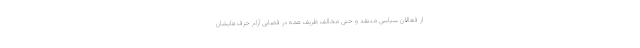
از فعالان سیاسی منتقد و حتی مخالف ظریف همه در فضایی آرام حرف‌هایشان